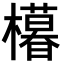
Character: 𣞩